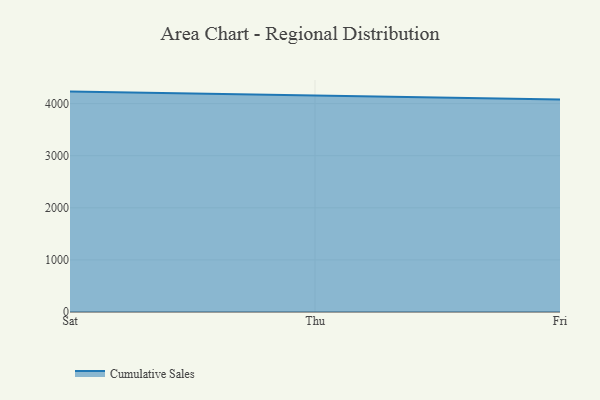
{"axis": {"x": "Day", "y": "Shipments"}, "legend": ["Cumulative Sales"], "data": [{"x": "Sat", "y": 4230.4, "type": "Cumulative Sales"}, {"x": "Thu", "y": 4162.7, "type": "Cumulative Sales"}, {"x": "Fri", "y": 4080.8, "type": "Cumulative Sales"}]}